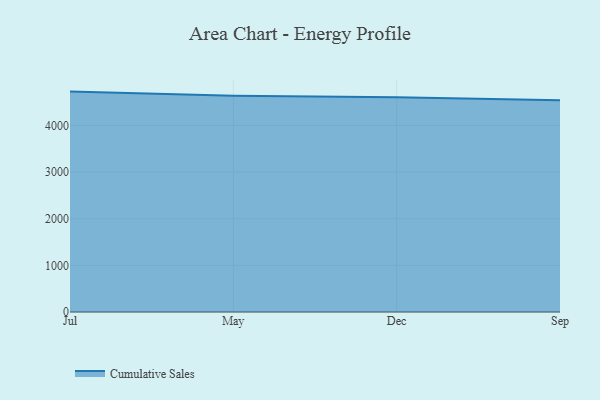
{"axis": {"x": "Month", "y": "Net Income (USD K)"}, "legend": ["Cumulative Sales"], "data": [{"x": "Jul", "y": 4726.2, "type": "Cumulative Sales"}, {"x": "May", "y": 4638.5, "type": "Cumulative Sales"}, {"x": "Dec", "y": 4603.6, "type": "Cumulative Sales"}, {"x": "Sep", "y": 4540.7, "type": "Cumulative Sales"}]}